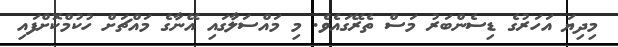
މިދިޔަ އަހަރުގެ ޑިސެންބަރު މަސް ތެރޭގައެވެ. މި މައްސަލާގައި އޭނާގެ މައްޗަށް ހުކުމްކޮށްފައި